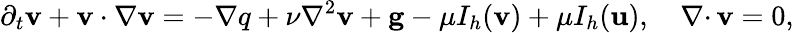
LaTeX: \partial_{t}\mathbf{v}+\mathbf{v}\cdot\nabla\mathbf{v}=-\nabla q+\nu\nabla^{2}\mathbf{v}+\mathbf{g}-\mu I_{h}(\mathbf{v})+\mu I_{h}(\mathbf{u}),\quad\nabla\cdotp\mathbf{v}=0,